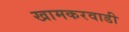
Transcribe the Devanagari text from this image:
खामकरवाडी